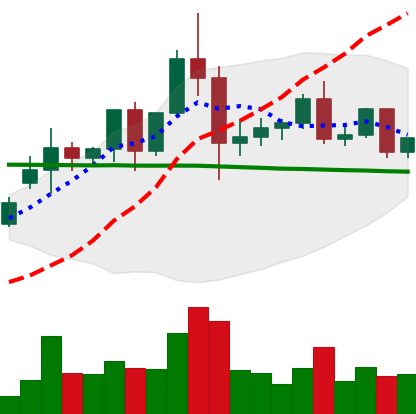
Ticker: ETC-USD
Chart end date: 2020-12-05
Forward return: -4.734%
Label: down_3_5